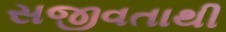
સજીવતાથી